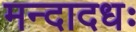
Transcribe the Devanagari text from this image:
मन्दादधः